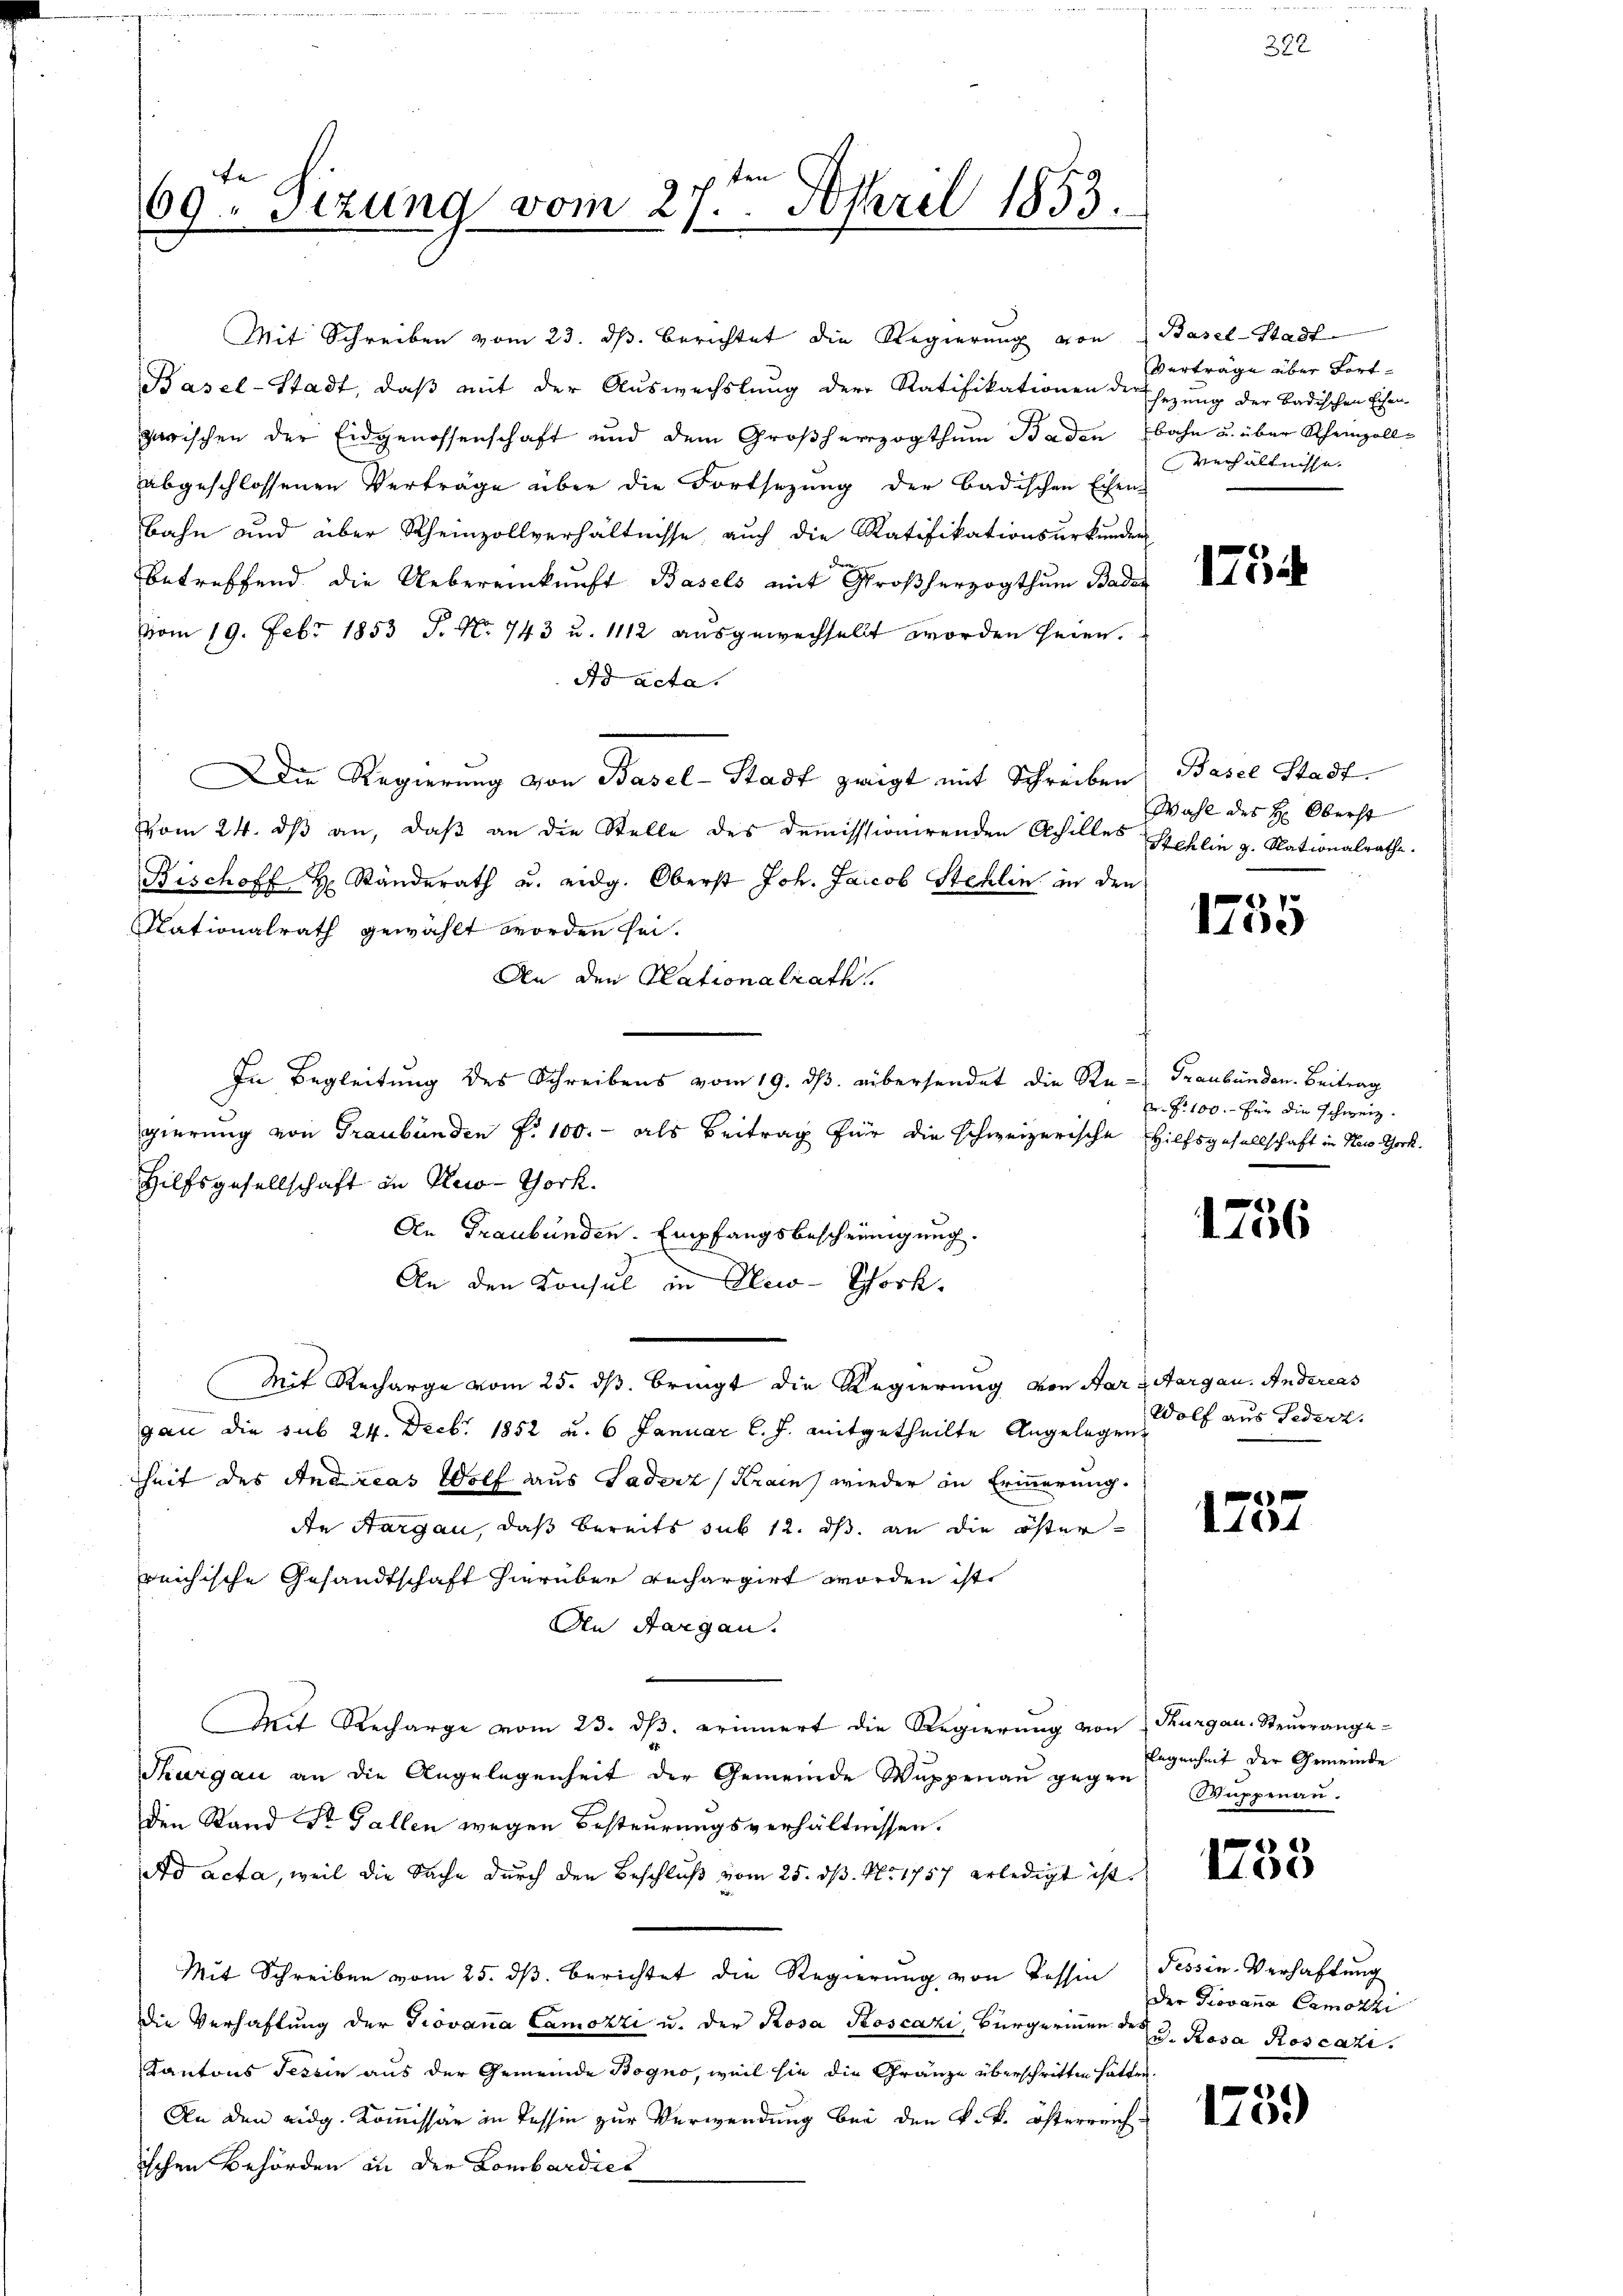
fe
69. Sizung vom 27ten April 1853.

Basel-Stadt, daß mit der Auswechslung der Ratifikationen dersezung der Badischen Eisen-
zerischen der Eidgenossenschaft und dem Großherzogthum Baden bahn u. über Rheinzollabgeschlossenen Verträge über die Fortsetzung der badischen Eisen-
bahn und über Rheinzollverhältnisse, auch die Ratifikationsurkunden
Kron
betreffend die Uebereinkunft Basel
Vom 19. Febr 1853 J. N. 743 u. 1112 ausgewechsellt worden seien.
Ad acta.
Die Regierung von Basel-Stadt zeigt mit Schreiben Basel Stadt.
vom 24. dβ an, daß an die Stelle des demisssionirenden Achilles Stehlin z. Stationalrathe.
Bischoff H. Ständerath u. eidg. Oberst Joh. Jacob Stehlin in den
Nationalrath gewählt worden sei.
An den Rationalrath.
In Begleitung des Schreibens vom 19. ds. übersendet die Re- Graubünden. Beitrag
gierung von Graubünden §. 100.- als Beitrag für die schweizerische Hilfsgesellschaft in New York
Hilfsgesellschaft in Pleo-Tork.
An Graubünden. Empfangsbescheinigung.
An den Konsul in Neco-Chork
Mit Recharge vom 25. ds. bringt die Regierung von Aare Aargau. Andereas
gan die sub 24. Decbr. 1852 u. 6 Januar l. J. mitgetheilte Angelegen dolf aus Federz
heit des Andreas Wolf aus Fadenz (Krain wieder in Erinnerung.
An Aargau, daß bereits sub 12. ds. an die öster-
reichische Gesandtschaft hierüber rechargirt worden ist.
An Aargau.
Mit Recharge vom 23. dβ. erinnert die Regierŭng von Thurgau. Steŭrrange-
Thurgau an die Angelegenheit der Gemeinde Wappenau gegen
den Stand Dr. Gallen wegen Besteurungsverhältnissen.
ad acta, weil die Sache durch den Beschluß vom 25. dß. Nr. 1757 erledigt ist.
Mit Schreiben vom 25. dβ berichtet die Regierŭng von Tessin Tessin-Verhaftung
die Verhaftung der Giovana Camozzi u. der Rosa Roscazi, Bürgerinne de d. Rosa Roscazi
Kantons Tessin aus der Gemeinde Bogno, weil sie die Gränze überschritten hätten
An den eidg. Kommissär in Tessin zur Verwendung bei den k. k. österreich.
ischen Behörden in der Lombardies

Mit Schreiben vom 23. ds. berichtet die Regierung von Basel-Stadt-

Verträge über Fort¬
Verhältnisse.

Wahl des H: Oberst

1
10

Dr. P. 100.- für die Schweiz.

1756

e
V104

legenheit der Gemeinde
Wuppenau.

)
100

der Giovana Camozzi

)
od